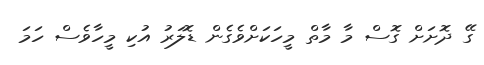
ގޭ ދޮށަށް ގޮސް މާ މާތް މީހަކަށްވެގެން ޑޮލަރު އުކި މީހާވެސް ހަމަ